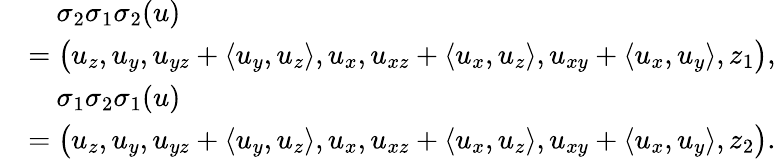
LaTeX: \begin{array}{rl}&{\quad\sigma_{2}\sigma_{1}\sigma_{2}(u)}\\ &{=\big(u_{z},u_{y},u_{yz}+\langle u_{y},u_{z}\rangle,u_{x},u_{xz}+\langle u_{x},u_{z}\rangle,u_{xy}+\langle u_{x},u_{y}\rangle,z_{1}\big),}\\ &{\quad\sigma_{1}\sigma_{2}\sigma_{1}(u)}\\ &{=\big(u_{z},u_{y},u_{yz}+\langle u_{y},u_{z}\rangle,u_{x},u_{xz}+\langle u_{x},u_{z}\rangle,u_{xy}+\langle u_{x},u_{y}\rangle,z_{2}\big).}\end{array}